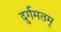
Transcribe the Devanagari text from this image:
दुर्गमतम्